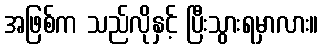
အဖြစ်က သည်လိုနှင့် ပြီးသွားရမှာလား။